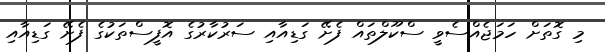
މި ގޮތަށް ހަމަޖެއްސެވީ ސްކޫލްތައް ފެށޭ ގަޑިއާއި ސަރުކާރުގެ އޮފީސްތަކުގެ ފެށޭ ގަޑިއާއި